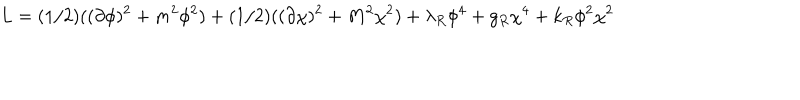
LaTeX: L = ( 1 / 2 ) ( ( \partial \phi ) ^ { 2 } + m ^ { 2 } \phi ^ { 2 } ) + ( 1 / 2 ) ( ( \partial \chi ) ^ { 2 } + M ^ { 2 } \chi ^ { 2 } ) + \lambda _ { R } \phi ^ { 4 } + g _ { R } \chi ^ { 4 } + k _ { R } \phi ^ { 2 } \chi ^ { 2 }